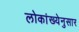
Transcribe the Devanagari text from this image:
लोकांख्येनुसार